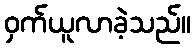
ဝှက်ယူလာခဲ့သည်။